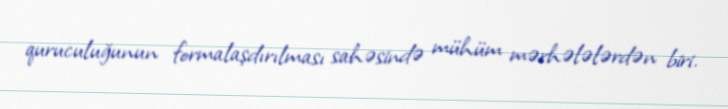
quruculuğunun formalaşdırılması sahəsində mühüm mərhələlərdən biri.